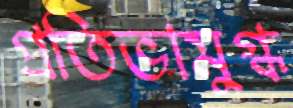
প্রতিভামুগ্ধ